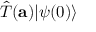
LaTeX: { \hat { T } } ( \mathbf { a } ) | \psi ( 0 ) \rangle